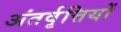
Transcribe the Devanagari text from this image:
अंतर्वृत्तियों